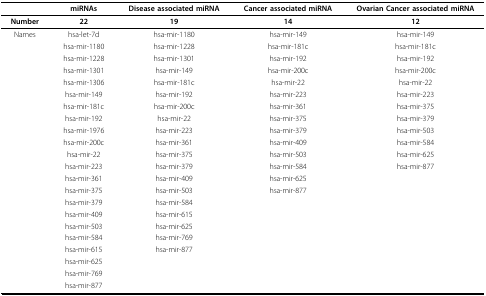
<table><thead><tr><td></td><td><b>miRNAs</b></td><td><b>Disease associated miRNA</b></td><td><b>Cancer associated miRNA</b></td><td><b>Ovarian Cancer associated miRNA</b></td></tr></thead><tbody><tr><td><b>Number</b></td><td><b>22</b></td><td><b>19</b></td><td><b>14</b></td><td><b>12</b></td></tr><tr><td>Names</td><td>hsa-let-7d</td><td>hsa-mir-1180</td><td>hsa-mir-149</td><td>hsa-mir-149</td></tr><tr><td></td><td>hsa-mir-1180</td><td>hsa-mir-1228</td><td>hsa-mir-181c</td><td>hsa-mir-181c</td></tr><tr><td></td><td>hsa-mir-1228</td><td>hsa-mir-1301</td><td>hsa-mir-192</td><td>hsa-mir-192</td></tr><tr><td></td><td>hsa-mir-1301</td><td>hsa-mir-149</td><td>hsa-mir-200c</td><td>hsa-mir-200c</td></tr><tr><td></td><td>hsa-mir-1306</td><td>hsa-mir-181c</td><td>hsa-mir-22</td><td>hsa-mir-22</td></tr><tr><td></td><td>hsa-mir-149</td><td>hsa-mir-192</td><td>hsa-mir-223</td><td>hsa-mir-223</td></tr><tr><td></td><td>hsa-mir-181c</td><td>hsa-mir-200c</td><td>hsa-mir-361</td><td>hsa-mir-375</td></tr><tr><td></td><td>hsa-mir-192</td><td>hsa-mir-22</td><td>hsa-mir-375</td><td>hsa-mir-379</td></tr><tr><td></td><td>hsa-mir-1976</td><td>hsa-mir-223</td><td>hsa-mir-379</td><td>hsa-mir-503</td></tr><tr><td></td><td>hsa-mir-200c</td><td>hsa-mir-361</td><td>hsa-mir-409</td><td>hsa-mir-584</td></tr><tr><td></td><td>hsa-mir-22</td><td>hsa-mir-375</td><td>hsa-mir-503</td><td>hsa-mir-625</td></tr><tr><td></td><td>hsa-mir-223</td><td>hsa-mir-379</td><td>hsa-mir-584</td><td>hsa-mir-877</td></tr><tr><td></td><td>hsa-mir-361</td><td>hsa-mir-409</td><td>hsa-mir-625</td><td></td></tr><tr><td></td><td>hsa-mir-375</td><td>hsa-mir-503</td><td>hsa-mir-877</td><td></td></tr><tr><td></td><td>hsa-mir-379</td><td>hsa-mir-584</td><td></td><td></td></tr><tr><td></td><td>hsa-mir-409</td><td>hsa-mir-615</td><td></td><td></td></tr><tr><td></td><td>hsa-mir-503</td><td>hsa-mir-625</td><td></td><td></td></tr><tr><td></td><td>hsa-mir-584</td><td>hsa-mir-769</td><td></td><td></td></tr><tr><td></td><td>hsa-mir-615</td><td>hsa-mir-877</td><td></td><td></td></tr><tr><td></td><td>hsa-mir-625</td><td></td><td></td><td></td></tr><tr><td></td><td>hsa-mir-769</td><td></td><td></td><td></td></tr><tr><td></td><td>hsa-mir-877</td><td></td><td></td><td></td></tr></tbody></table>